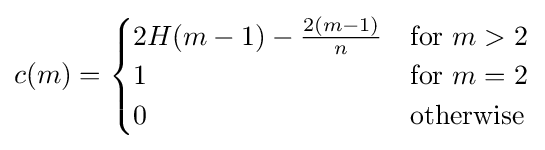
c(m)={\begin{cases}2H(m-1)-{\frac {2(m-1)}{n}}&{\text{for }}m>2\\1&{\text{for }}m=2\\0&{\text{otherwise}}\end{cases}}